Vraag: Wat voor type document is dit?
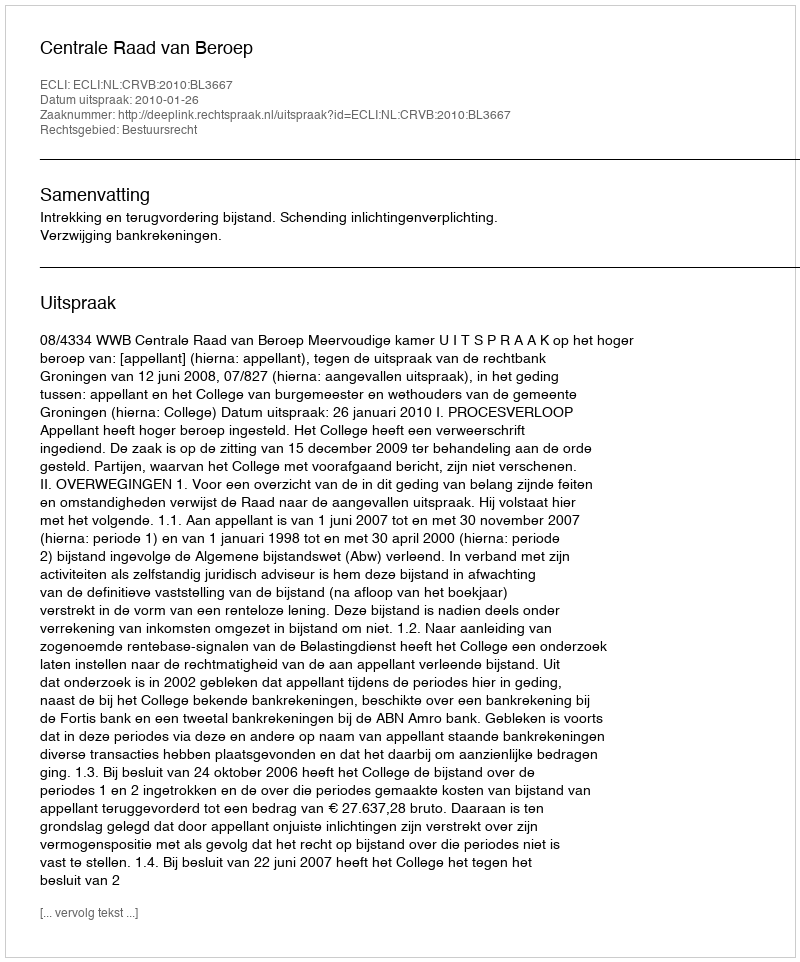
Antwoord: Uitspraak